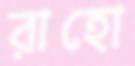
রাহো